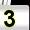
Digit: 3